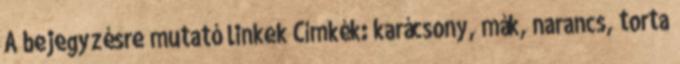
A bejegyzésre mutató linkek Címkék: karácsony, mák, narancs, torta